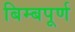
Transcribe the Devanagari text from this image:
बिम्बपूर्ण